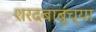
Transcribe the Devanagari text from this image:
शरदबाबूंच्या